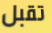
تقبل